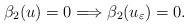
LaTeX: \begin{align*}\beta_2(u) = 0 \Longrightarrow \beta_2(u_{\varepsilon}) = 0. \end{align*}